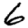
Digit: 6